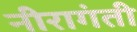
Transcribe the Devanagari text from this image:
नीरागंती